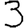
Digit: 3